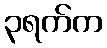
၃ရက်က